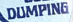
DUMPING